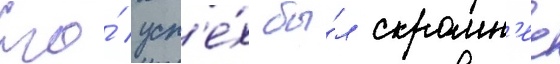
Его́ усп'е́х бы́л скромн'ее